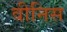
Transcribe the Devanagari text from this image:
वीनिस